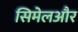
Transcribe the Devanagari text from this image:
सिमेलऔर